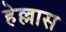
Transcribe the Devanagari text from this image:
हेल्लास